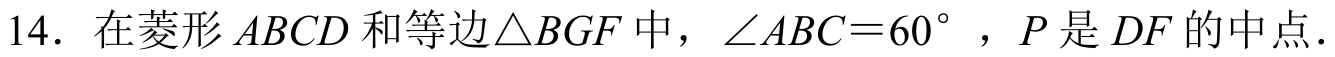
14. 在菱形\(ABCD\)和等边\(\triangle BGF\)中，\(\angle ABC = 60^{\circ}\)，\(P\)是\(DF\)的中点．